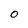
Character: 0